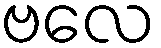
ဗလေ